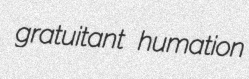
gratuitant humation